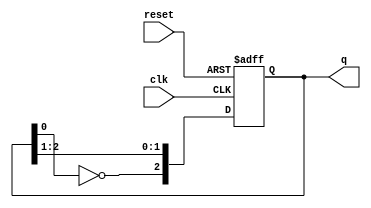
module Johnson_Counter (
    input wire clk,         // Clock input
    input wire reset,       // Asynchronous reset
    output reg [2:0] q      // 3-bit output
);

    // Initial state
    initial begin
        q = 3'b000; // Initialize the counter to 000
    end

    // Always block triggered on the rising edge of the clock or reset
    always @(posedge clk or posedge reset) begin
        if (reset) begin
            q <= 3'b000; // Reset the counter to 000
        end else begin
            // Johnson Counter logic
            q[2] <= ~q[0]; // Invert the output of the last flip-flop
            q[1] <= q[2];  // Shift the state
            q[0] <= q[1];  // Shift the state
        end
    end

endmodule